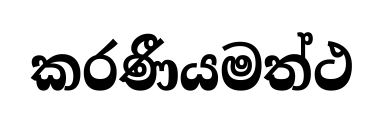
කරණීයමත්ථ